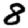
Digit: 8